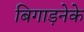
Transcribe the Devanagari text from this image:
बिगाड़नेके